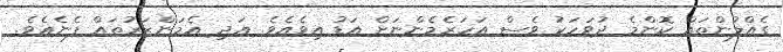
ގެއްލުންތައް ކޮންމެ ދުވަހަކު ވެސް އަހަރެމެންނަށް އަޑު އިވެއެވެ. އަދި އެމަންޒަރުތައް ފެނެއެވެ.